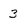
Character: 3